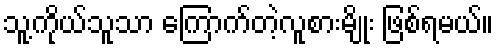
သူ့ကိုယ်သူသာ ကြောက်တဲ့လူစားမျိုး ဖြစ်ရမယ်။